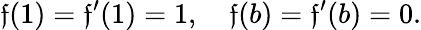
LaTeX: \mathfrak{f}(1)=\mathfrak{f}^{\prime}(1)=1,\quad\mathfrak{f}(b)=\mathfrak{f}^{\prime}(b)=0.